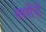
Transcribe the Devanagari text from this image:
सवयीची